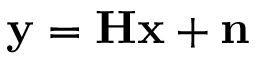
\mathbf { y } = \mathbf { H } \mathbf { x } + \mathbf { n }